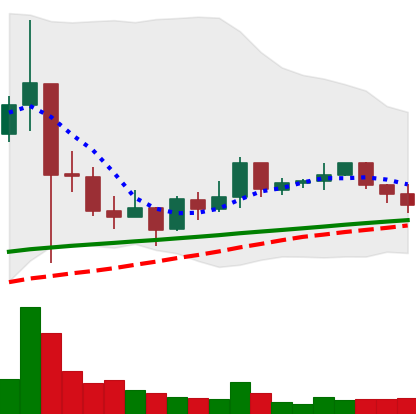
Ticker: XRP-USD
Chart end date: 2021-03-12
Forward return: 7.092%
Label: up_7plus